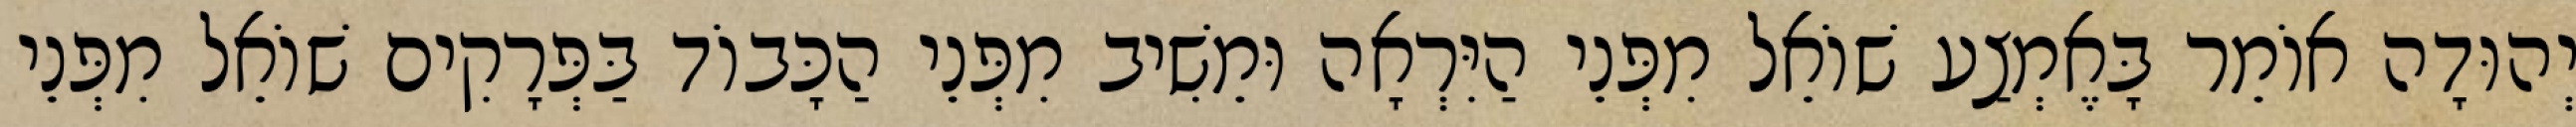
יְהוּדָה אוֹמֵר בָּאֶמְצַע שׁוֹאֵל מִפְּנֵי הַיִּרְאָה וּמֵשִׁיב מִפְּנֵי הַכָּבוֹד בַּפְּרָקִים שׁוֹאֵל מִפְּנֵי